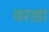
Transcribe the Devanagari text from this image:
वराडा